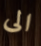
الى